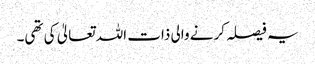
یہ فیصلہ کرنے والی ذات اللہ تعالیٰ کی تھی۔